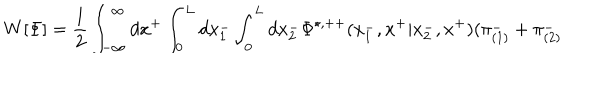
LaTeX: W [ { \Phi } ] = \frac { 1 } { 2 } \int _ { - \infty } ^ { \infty } d x ^ { + } \int _ { 0 } ^ { L } d x _ { 1 } ^ { - } \int _ { 0 } ^ { L } d x _ { 2 } ^ { - } { \Phi } ^ { \star , + + } ( x _ { 1 } ^ { - } , x ^ { + } | x _ { 2 } ^ { - } , x ^ { + } ) ( { \pi } _ { ( 1 ) } ^ { - } + { \pi } _ { ( 2 ) } ^ { - }